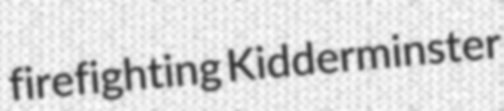
firefighting Kidderminster